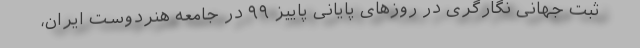
ثبت جهانی نگارگری در روزهای پایانی پاییز ۹۹ در جامعه هنردوست ایران،